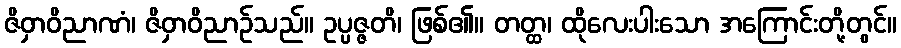
ဇိဝှာဝိညာဏံ၊ ဇိဝှာဝိညာဉ်သည်။ ဥပ္ပဇ္ဇတိ၊ ဖြစ်၏။ တတ္ထ၊ ထိုလေးပါးသော အကြောင်းတို့တွင်။